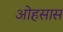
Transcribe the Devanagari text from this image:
ओहसास